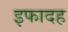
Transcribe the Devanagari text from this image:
इफादह